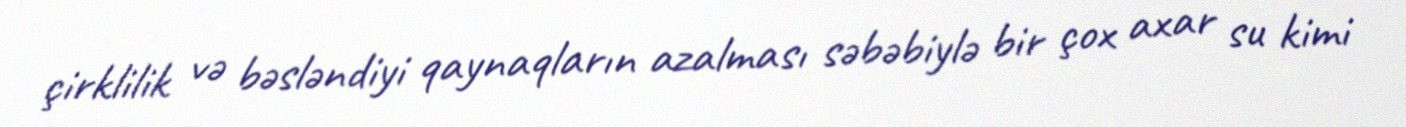
çirklilik və bəsləndiyi qaynaqların azalması səbəbiylə bir çox axar su kimi